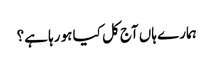
ہمارے ہاں آج کل کیا ہو رہا ہے؟